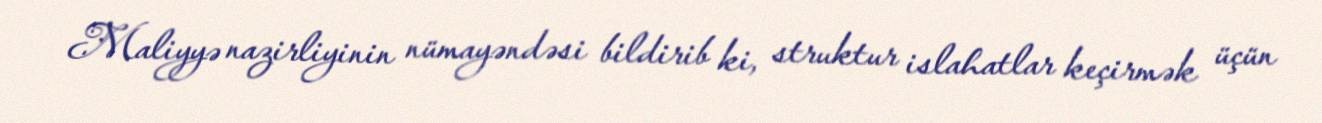
Maliyyə nazirliyinin nümayəndəsi bildirib ki, struktur islahatlar keçirmək üçün